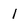
Character: 1